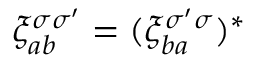
\xi _ { a b } ^ { \sigma \sigma ^ { \prime } } = ( \xi _ { b a } ^ { \sigma ^ { \prime } \sigma } ) ^ { \ast }